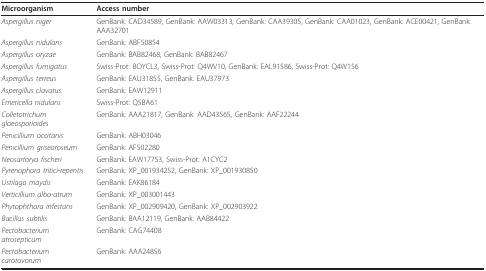
<table><thead><tr><td><b>Microorganism</b></td><td><b>Access number</b></td></tr></thead><tbody><tr><td><i>Aspergillus niger</i></td><td>GenBank: CAD34589, GenBank: AAW03313, GenBank: CAA39305, GenBank: CAA01023, GenBank: ACE00421, GenBank: AAA32701</td></tr><tr><td><i>Aspergillus nidulans</i></td><td>GenBank: ABF50854</td></tr><tr><td><i>Aspergillus oryzae</i></td><td>GenBank: BAB82468, GenBank: BAB82467</td></tr><tr><td><i>Aspergillus fumigatus</i></td><td>Swiss-Prot: BOYCL3, Swiss-Prot: Q4WV10, GenBank: EAL91586, Swiss-Prot: Q4W156</td></tr><tr><td><i>Aspergillus terreus</i></td><td>GenBank: EAU31855, GenBank: EAU37973</td></tr><tr><td><i>Aspergillus clavatus</i></td><td>GenBank: EAW12911</td></tr><tr><td><i>Emericella nidulans</i></td><td>Swiss-Prot: Q5BA61</td></tr><tr><td><i>Colletotrichum gloeosporioides</i></td><td>GenBank: AAA21817, GenBank: AAD43565, GenBank: AAF22244</td></tr><tr><td><i>Penicillium occitanis</i></td><td>GenBank: ABH03046</td></tr><tr><td><i>Penicillium griseoroseum</i></td><td>GenBank: AF502280</td></tr><tr><td><i>Neosartorya fischeri</i></td><td>GenBank: EAW17753, Swiss-Prot: A1CYC2</td></tr><tr><td><i>Pyrenophora tritici-repentis</i></td><td>GenBank: XP_001934252, GenBank: XP_001930850</td></tr><tr><td><i>Ustilago maydis</i></td><td>GenBank: EAK86184</td></tr><tr><td><i>Verticillium albo-atrum</i></td><td>GenBank: XP_003001443</td></tr><tr><td><i>Phytophthora infestans</i></td><td>GenBank: XP_002909420, GenBank: XP_002903922</td></tr><tr><td><i>Bacillus subtilis</i></td><td>GenBank: BAA12119, GenBank: AAB84422</td></tr><tr><td><i>Pectobacterium atrosepticum</i></td><td>GenBank: CAG74408</td></tr><tr><td><i>Pectobacterium carotovorum</i></td><td>GenBank: AAA24856</td></tr></tbody></table>